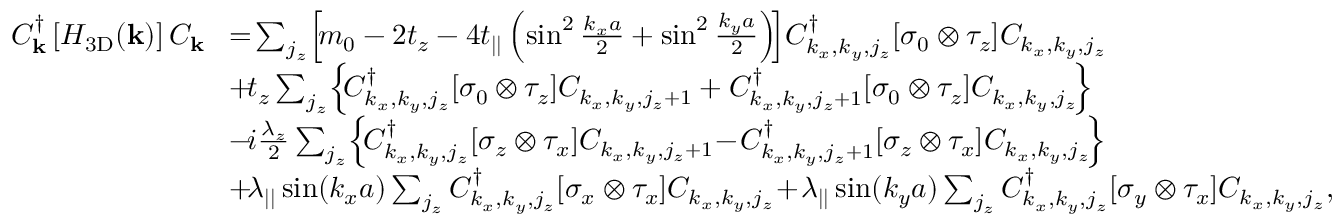
\begin{array} { r l } { C _ { { \bf k } } ^ { \dagger } \left[ { \cal H } _ { \mathrm { 3 D } } ( { \bf k } ) \right] C _ { { \bf k } } } & { \! = \! \sum _ { j _ { z } } \! \left[ \! m _ { 0 } - 2 t _ { z } - 4 t _ { | | } \left( \sin ^ { 2 } \frac { k _ { x } a } { 2 } + \sin ^ { 2 } \frac { k _ { y } a } { 2 } \right) \! \right] \! C _ { k _ { x } , k _ { y } , j _ { z } } ^ { \dagger } [ \sigma _ { 0 } \otimes \tau _ { z } ] C _ { k _ { x } , k _ { y } , j _ { z } } } \\ & { \! + \! t _ { z } \sum _ { j _ { z } } \! \left\{ \! C _ { k _ { x } , k _ { y } , j _ { z } } ^ { \dagger } [ \sigma _ { 0 } \otimes \tau _ { z } ] C _ { k _ { x } , k _ { y } , j _ { z } + 1 } + C _ { k _ { x } , k _ { y } , j _ { z } + 1 } ^ { \dagger } [ \sigma _ { 0 } \otimes \tau _ { z } ] C _ { k _ { x } , k _ { y } , j _ { z } } \! \right\} \! } \\ & { \! - \! i \frac { \lambda _ { z } } { 2 } \sum _ { j _ { z } } \! \left\{ \! C _ { k _ { x } , k _ { y } , j _ { z } } ^ { \dagger } [ \sigma _ { z } \otimes \tau _ { x } ] C _ { k _ { x } , k _ { y } , j _ { z } + 1 } \! - \! C _ { k _ { x } , k _ { y } , j _ { z } + 1 } ^ { \dagger } [ \sigma _ { z } \otimes \tau _ { x } ] C _ { k _ { x } , k _ { y } , j _ { z } } \! \right\} \! } \\ & { \! + \! \lambda _ { | | } \sin ( k _ { x } a ) \sum _ { j _ { z } } C _ { k _ { x } , k _ { y } , j _ { z } } ^ { \dagger } [ \sigma _ { x } \otimes \tau _ { x } ] C _ { k _ { x } , k _ { y } , j _ { z } } \! + \! \lambda _ { | | } \sin ( k _ { y } a ) \sum _ { j _ { z } } C _ { k _ { x } , k _ { y } , j _ { z } } ^ { \dagger } [ \sigma _ { y } \otimes \tau _ { x } ] C _ { k _ { x } , k _ { y } , j _ { z } } , } \end{array}